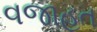
વજાહત